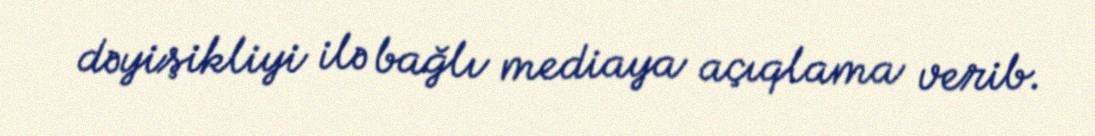
dəyişikliyi ilə bağlı mediaya açıqlama verib.